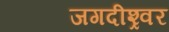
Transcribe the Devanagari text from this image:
जगदीश्र्वर